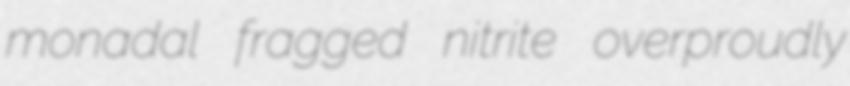
monadal fragged nitrite overproudly